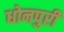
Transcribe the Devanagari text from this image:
धोनपुरी